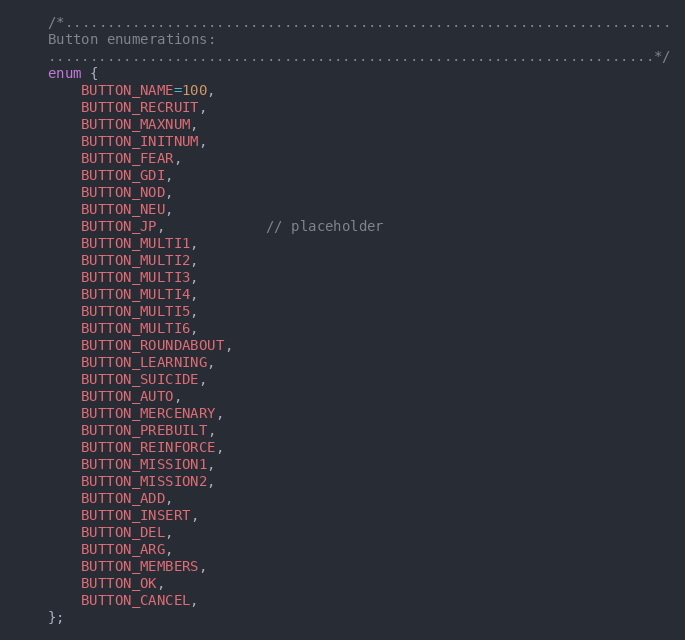
Language: C++
	/*........................................................................
	Button enumerations:
	........................................................................*/
	enum {
		BUTTON_NAME=100,
		BUTTON_RECRUIT,
		BUTTON_MAXNUM,
		BUTTON_INITNUM,
		BUTTON_FEAR,
		BUTTON_GDI,
		BUTTON_NOD,
		BUTTON_NEU,
		BUTTON_JP,			// placeholder
		BUTTON_MULTI1,
		BUTTON_MULTI2,
		BUTTON_MULTI3,
		BUTTON_MULTI4,
		BUTTON_MULTI5,
		BUTTON_MULTI6,
		BUTTON_ROUNDABOUT,
		BUTTON_LEARNING,
		BUTTON_SUICIDE,
		BUTTON_AUTO,
		BUTTON_MERCENARY,
		BUTTON_PREBUILT,
		BUTTON_REINFORCE,
		BUTTON_MISSION1,
		BUTTON_MISSION2,
		BUTTON_ADD,
		BUTTON_INSERT,
		BUTTON_DEL,
		BUTTON_ARG,
		BUTTON_MEMBERS,
		BUTTON_OK,
		BUTTON_CANCEL,
	};